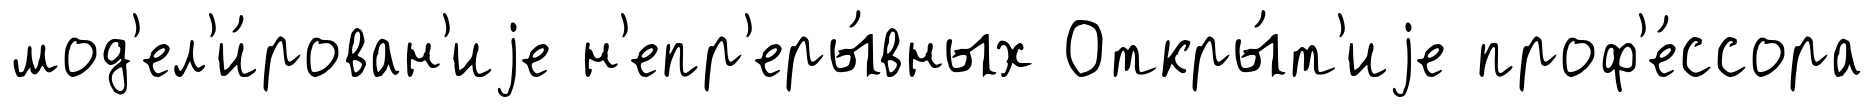
мод'ел'и́рован'иjе н'епр'еры́вных Откры́т'иjе проф'е́ссора